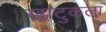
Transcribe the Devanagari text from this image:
खाटुकला